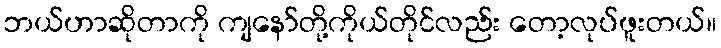
ဘယ်ဟာဆိုတာကို ကျနော်တို့ကိုယ်တိုင်လည်း တော့လုပ်ဖူးတယ်။